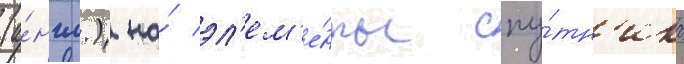
(а́нгл.) на́ эл'ем'е́нты спу́тн'ика